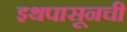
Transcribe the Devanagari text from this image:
इथपासूनची